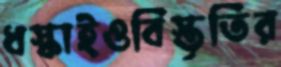
ধস্‌কাইওবিস্তৃতির